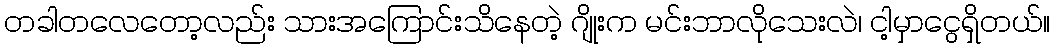
တခါတလေတော့လည်း သားအကြောင်းသိနေတဲ့ ဂျိုးက မင်းဘာလိုသေးလဲ၊ ငါ့မှာငွေရှိတယ်။